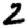
Digit: 2